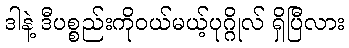
ဒါနဲ့ ဒီပစ္စည်းကိုဝယ်မယ့်ပုဂ္ဂိုလ် ရှိပြီလား